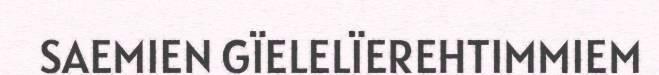
SAEMIEN GÏELELÏEREHTIMMIEM